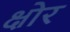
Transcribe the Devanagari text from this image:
क्षोर